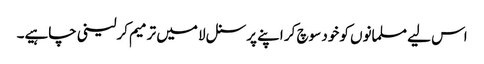
اس لیے مسلمانوں کو خود سوچ کر اپنے پرسنل لا میں ترمیم کرلینی چاہیے۔